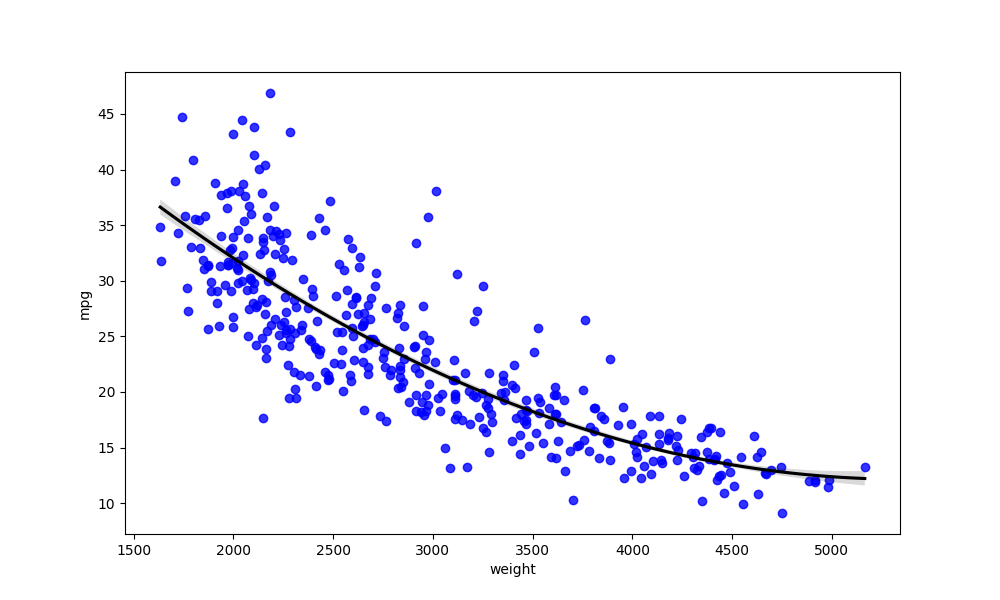
python, seaborn, regplot, order=2, ci=68, scatter_color=blue, line_color=black